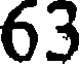
63